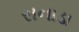
સનાડા